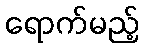
ရောက်မည့်